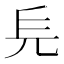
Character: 𠑿